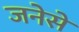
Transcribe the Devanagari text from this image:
जनेसे